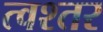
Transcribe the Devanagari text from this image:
त्वश्तर